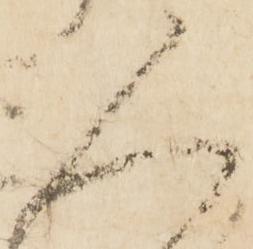
人